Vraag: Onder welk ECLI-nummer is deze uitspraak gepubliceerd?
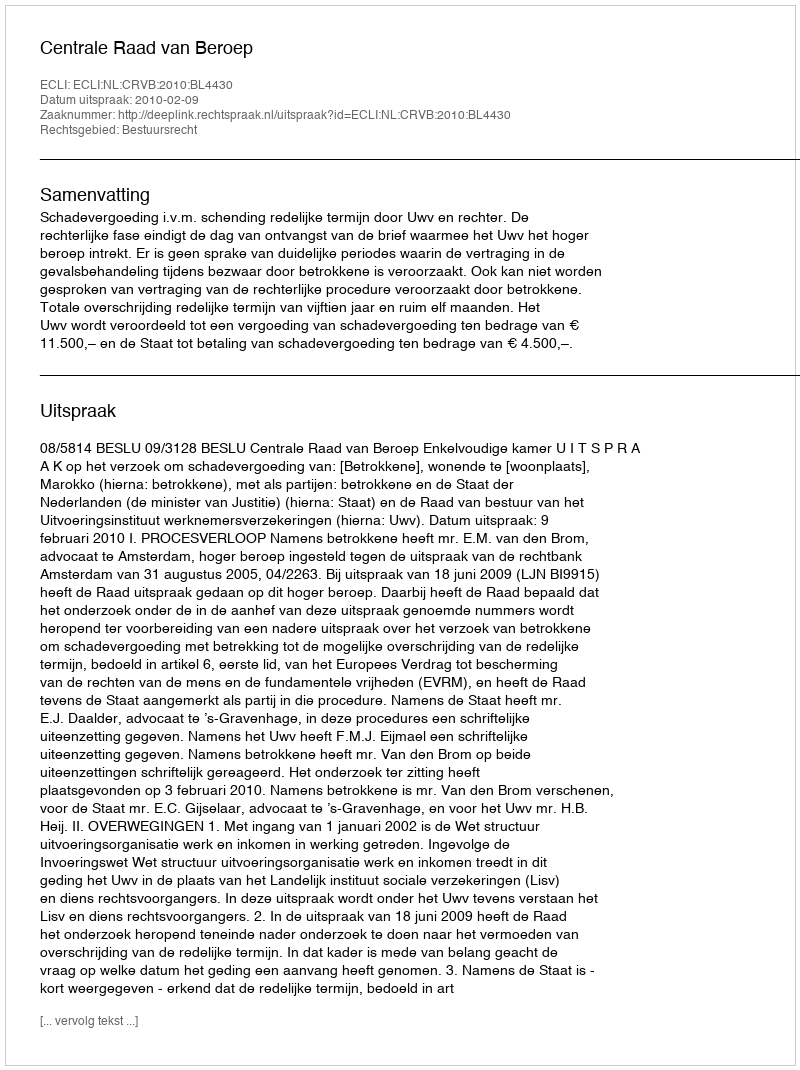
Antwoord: ECLI:NL:CRVB:2010:BL4430